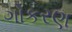
ગોકરણ